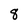
Character: 8